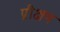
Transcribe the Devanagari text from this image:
प्रीक्षण